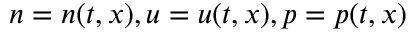
n = n ( t , x ) , u = u ( t , x ) , p = p ( t , x )